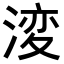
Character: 𭱝